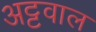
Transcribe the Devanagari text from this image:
अट्टवाल